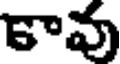
కావు